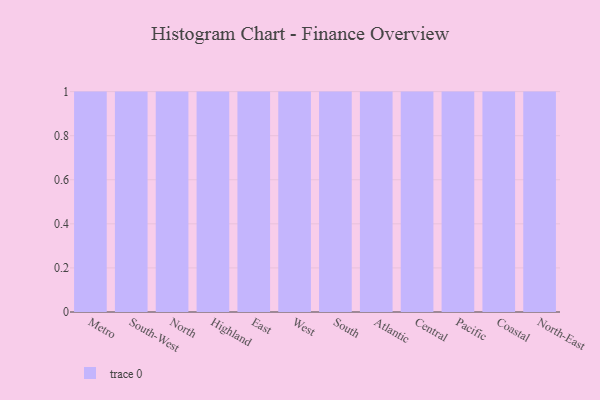
{"axis": {"x": "Region", "y": "Population (Million)"}, "legend": [""], "data": [{"x": "Metro", "y": 39, "type": ""}, {"x": "South-West", "y": 89, "type": ""}, {"x": "North", "y": 22, "type": ""}, {"x": "Highland", "y": 49, "type": ""}, {"x": "East", "y": 80, "type": ""}, {"x": "West", "y": 73, "type": ""}, {"x": "South", "y": 94, "type": ""}, {"x": "Atlantic", "y": 2, "type": ""}, {"x": "Central", "y": 33, "type": ""}, {"x": "Pacific", "y": 97, "type": ""}, {"x": "Coastal", "y": 97, "type": ""}, {"x": "North-East", "y": 95, "type": ""}]}